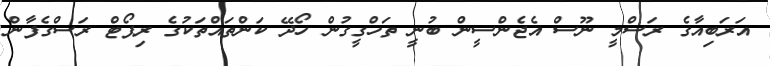
އަރަބިއާގެ ރަސްމީ ނޫސް އެޖެންސީން ބުނީ ތަހްގީގުން ހޯދޭ ކަންތައްތަކުގެ ރިޕޯޓް ރަސްގެފާން